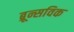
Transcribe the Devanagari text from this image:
ब्रून्सविक